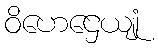
ဝိဟေဌေယျုံ